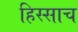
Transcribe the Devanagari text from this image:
हिस्साच